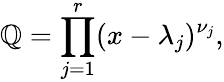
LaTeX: \mathbb{Q}=\prod_{j=1}^{r}(x-\lambda_{j})^{\nu_{j}},